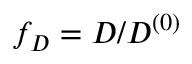
f _ { D } = D / D ^ { ( 0 ) }